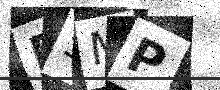
Text: D5MP